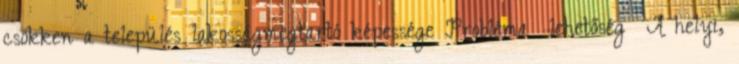
csökken a település lakosságmegtartó képessége Probléma lehetőség ▪A helyi,